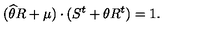
( \widehat { \theta } R + \mu ) \cdot ( S ^ { t } + \theta R ^ { t } ) = 1 .